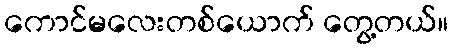
ကောင်မလေးတစ်ယောက် တွေ့တယ်။